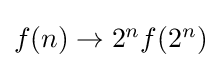
{\textstyle f(n)\rightarrow 2^{n}f(2^{n})}